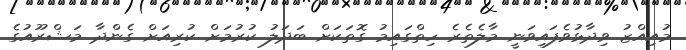
މުއިއްޒު ވިދާޅުވެފައިވަނީ މާލެތެރެ ހިތްގައިމު ގޮތަކަށް ބަދަލު ކުރުމަށް ކުރިއަށް ގެންދާ މަޝްރޫއުގެ